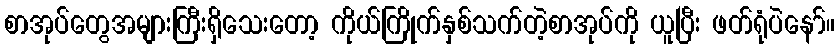
စာအုပ်တွေအများကြီးရှိသေးတော့ ကိုယ်ကြိုက်နှစ်သက်တဲ့စာအုပ်ကို ယူပြီး ဖတ်ရုံပဲနော်။